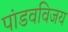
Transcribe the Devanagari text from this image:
पांडवविजय